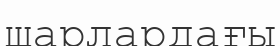
шарлардағы